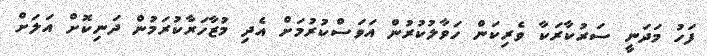
ފަހު މަދަނީ ސަރުކާރަކާ ވެރިކަން ހަވާލުކުރުން އަވަސްކުރުމަށް އެދި މުޒާހަރާކުރަމުން ދަނިކޮށް އަލަށް